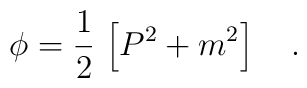
\phi=\frac{1}{2}\,\left[P^2+m^2\right]\ \ \ .